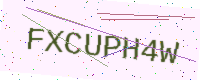
Text: FXCUPH4W